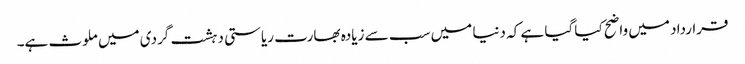
قرارداد میں واضح کیا گیا ہے کہ دنیا میں سب سے زیادہ بھارت ریاستی دہشت گردی میں ملوث ہے۔